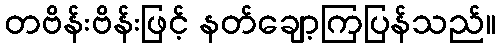
တဗိန်းဗိန်းဖြင့် နတ်ချော့ကြပြန်သည်။